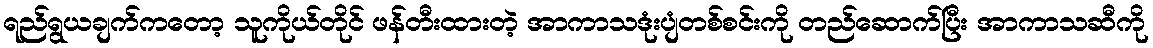
ရည်ရွယချက်ကတော့ သူကိုယ်တိုင် ဖန်တီးထားတဲ့ အာကာသဒုံးပျံတစ်စင်းကို တည်ဆောက်ပြီး အာကာသဆီကို